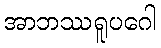
အာဘဿရူပဂေါ